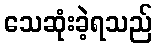
သေဆုံးခဲ့ရသည်